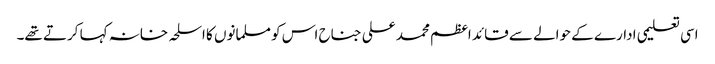
اسی تعلیمی ادارے کے حوالے سے قائد اعظم محمد علی جناح اس کو مسلمانوں کا اسلحہ خانہ کہا کرتے تھے۔